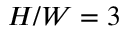
H / W = 3